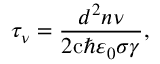
\tau _ { \nu } = { \frac { d ^ { 2 } n \nu } { 2 \mathrm { c } \hbar \varepsilon _ { 0 } \sigma \gamma } } ,